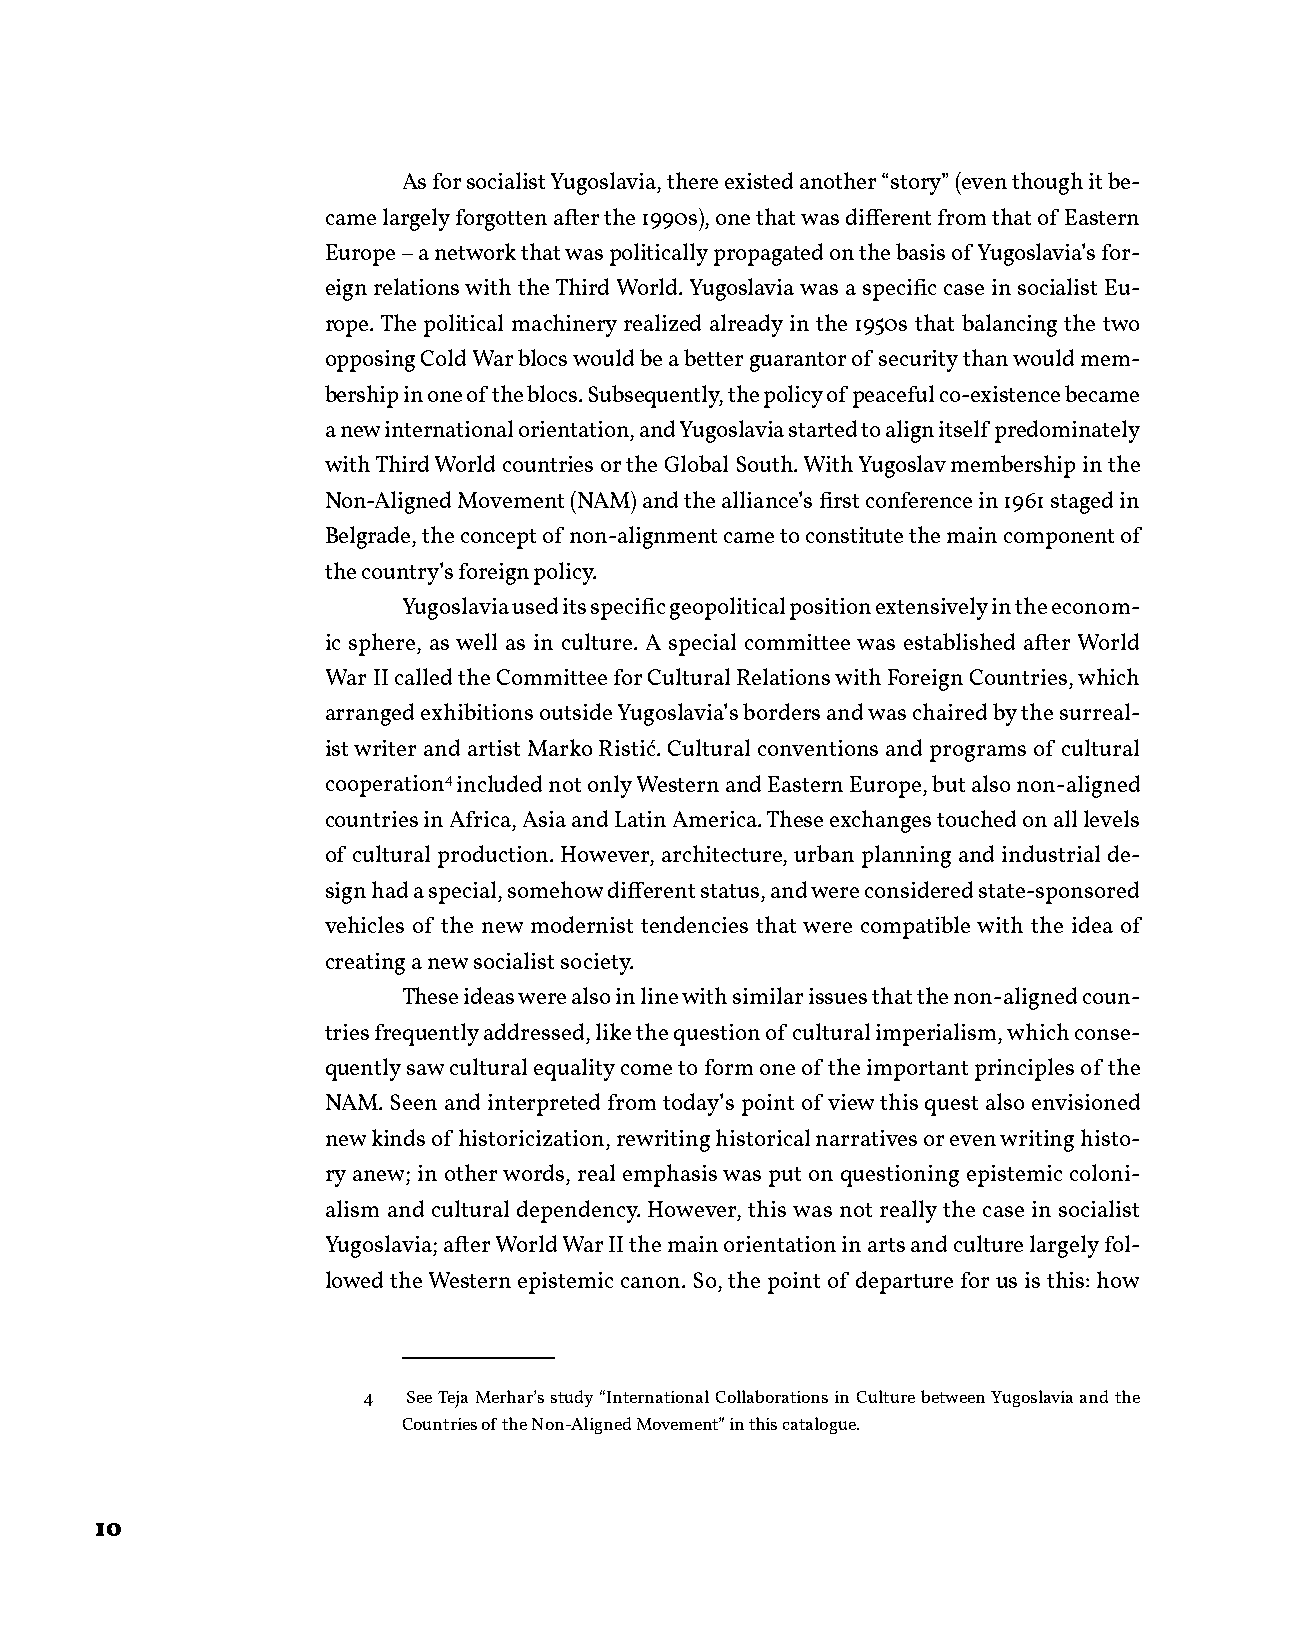
As for socialist Yugoslavia, there existed another “story” (even though it be-
 came largely forgotten after the 1990s), one that was different from that of Eastern
 Europe – a network that was politically propagated on the basis of Yugoslavia’s for-
 eign relations with the Third World. Yugoslavia was a specific case in socialist Eu-
 rope. The political machinery realized already in the 1950s that balancing the two
 opposing Cold War blocs would be a better guarantor of security than would mem-
 bership in one of the blocs. Subsequently, the policy of peaceful co-existence became
 a new international orientation, and Yugoslavia started to align itself predominately
 with Third World countries or the Global South. With Yugoslav membership in the
 Non-Aligned Movement (NAM) and the alliance’s first conference in 1961 staged in
 Belgrade, the concept of non-alignment came to constitute the main component of
 the country’s foreign policy.
 Yugoslavia used its specific geopolitical position extensively in the econom-
 ic sphere, as well as in culture. A special committee was established after World
 War II called the Committee for Cultural Relations with Foreign Countries, which
 arranged exhibitions outside Yugoslavia’s borders and was chaired by the surreal-
 ist writer and artist Marko Ristić. Cultural conventions and programs of cultural
 cooperation4 included not only Western and Eastern Europe, but also non-aligned
 countries in Africa, Asia and Latin America. These exchanges touched on all levels
 of cultural production. However, architecture, urban planning and industrial de-
 sign had a special, somehow different status, and were considered state-sponsored
 vehicles of the new modernist tendencies that were compatible with the idea of
 creating a new socialist society.
 These ideas were also in line with similar issues that the non-aligned coun-
 tries frequently addressed, like the question of cultural imperialism, which conse-
 quently saw cultural equality come to form one of the important principles of the
 NAM. Seen and interpreted from today’s point of view this quest also envisioned
 new kinds of historicization, rewriting historical narratives or even writing histo-
 ry anew; in other words, real emphasis was put on questioning epistemic coloni-
 alism and cultural dependency. However, this was not really the case in socialist
 Yugoslavia; after World War II the main orientation in arts and culture largely fol-
 lowed the Western epistemic canon. So, the point of departure for us is this: how
 4  See Teja Merhar’s study “International Collaborations in Culture between Yugoslavia and the
 Countries of the Non-Aligned Movement” in this catalogue.
 10